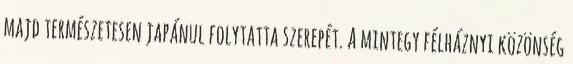
majd természetesen japánul folytatta szerepét. A mintegy félháznyi közönség